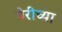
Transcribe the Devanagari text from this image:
पेरीच्या